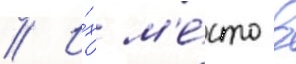
// И́х м'е́сто в